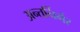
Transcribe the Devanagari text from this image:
अन्तर्निर्भर